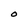
Character: O